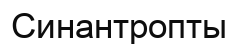
Синантропты